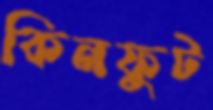
কিনফুট